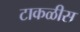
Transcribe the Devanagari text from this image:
टाकळीस